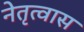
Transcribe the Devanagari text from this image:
नेतृत्वास